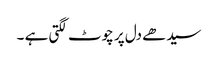
سیدھے دل پر چوٹ لگتی ہے ۔